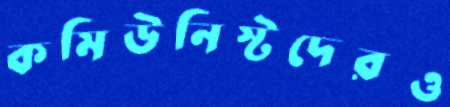
কমিউনিস্টদেরও